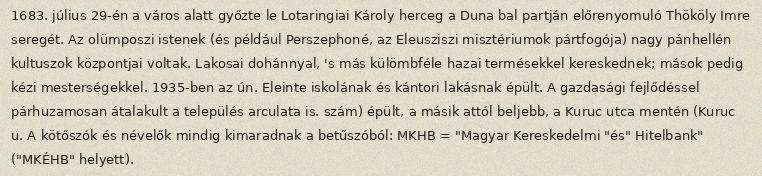
1683. július 29-én a város alatt győzte le Lotaringiai Károly herceg a Duna bal partján előrenyomuló Thököly Imre seregét. Az olümposzi istenek (és például Perszephoné, az Eleusziszi misztériumok pártfogója) nagy pánhellén kultuszok központjai voltak. Lakosai dohánnyal, 's más külömbféle hazai termésekkel kereskednek; mások pedig kézi mesterségekkel. 1935-ben az ún. Eleinte iskolának és kántori lakásnak épült. A gazdasági fejlődéssel párhuzamosan átalakult a település arculata is. szám) épült, a másik attól beljebb, a Kuruc utca mentén (Kuruc u. A kötőszók és névelők mindig kimaradnak a betűszóból: MKHB = "Magyar Kereskedelmi "és" Hitelbank" ("MKÉHB" helyett).